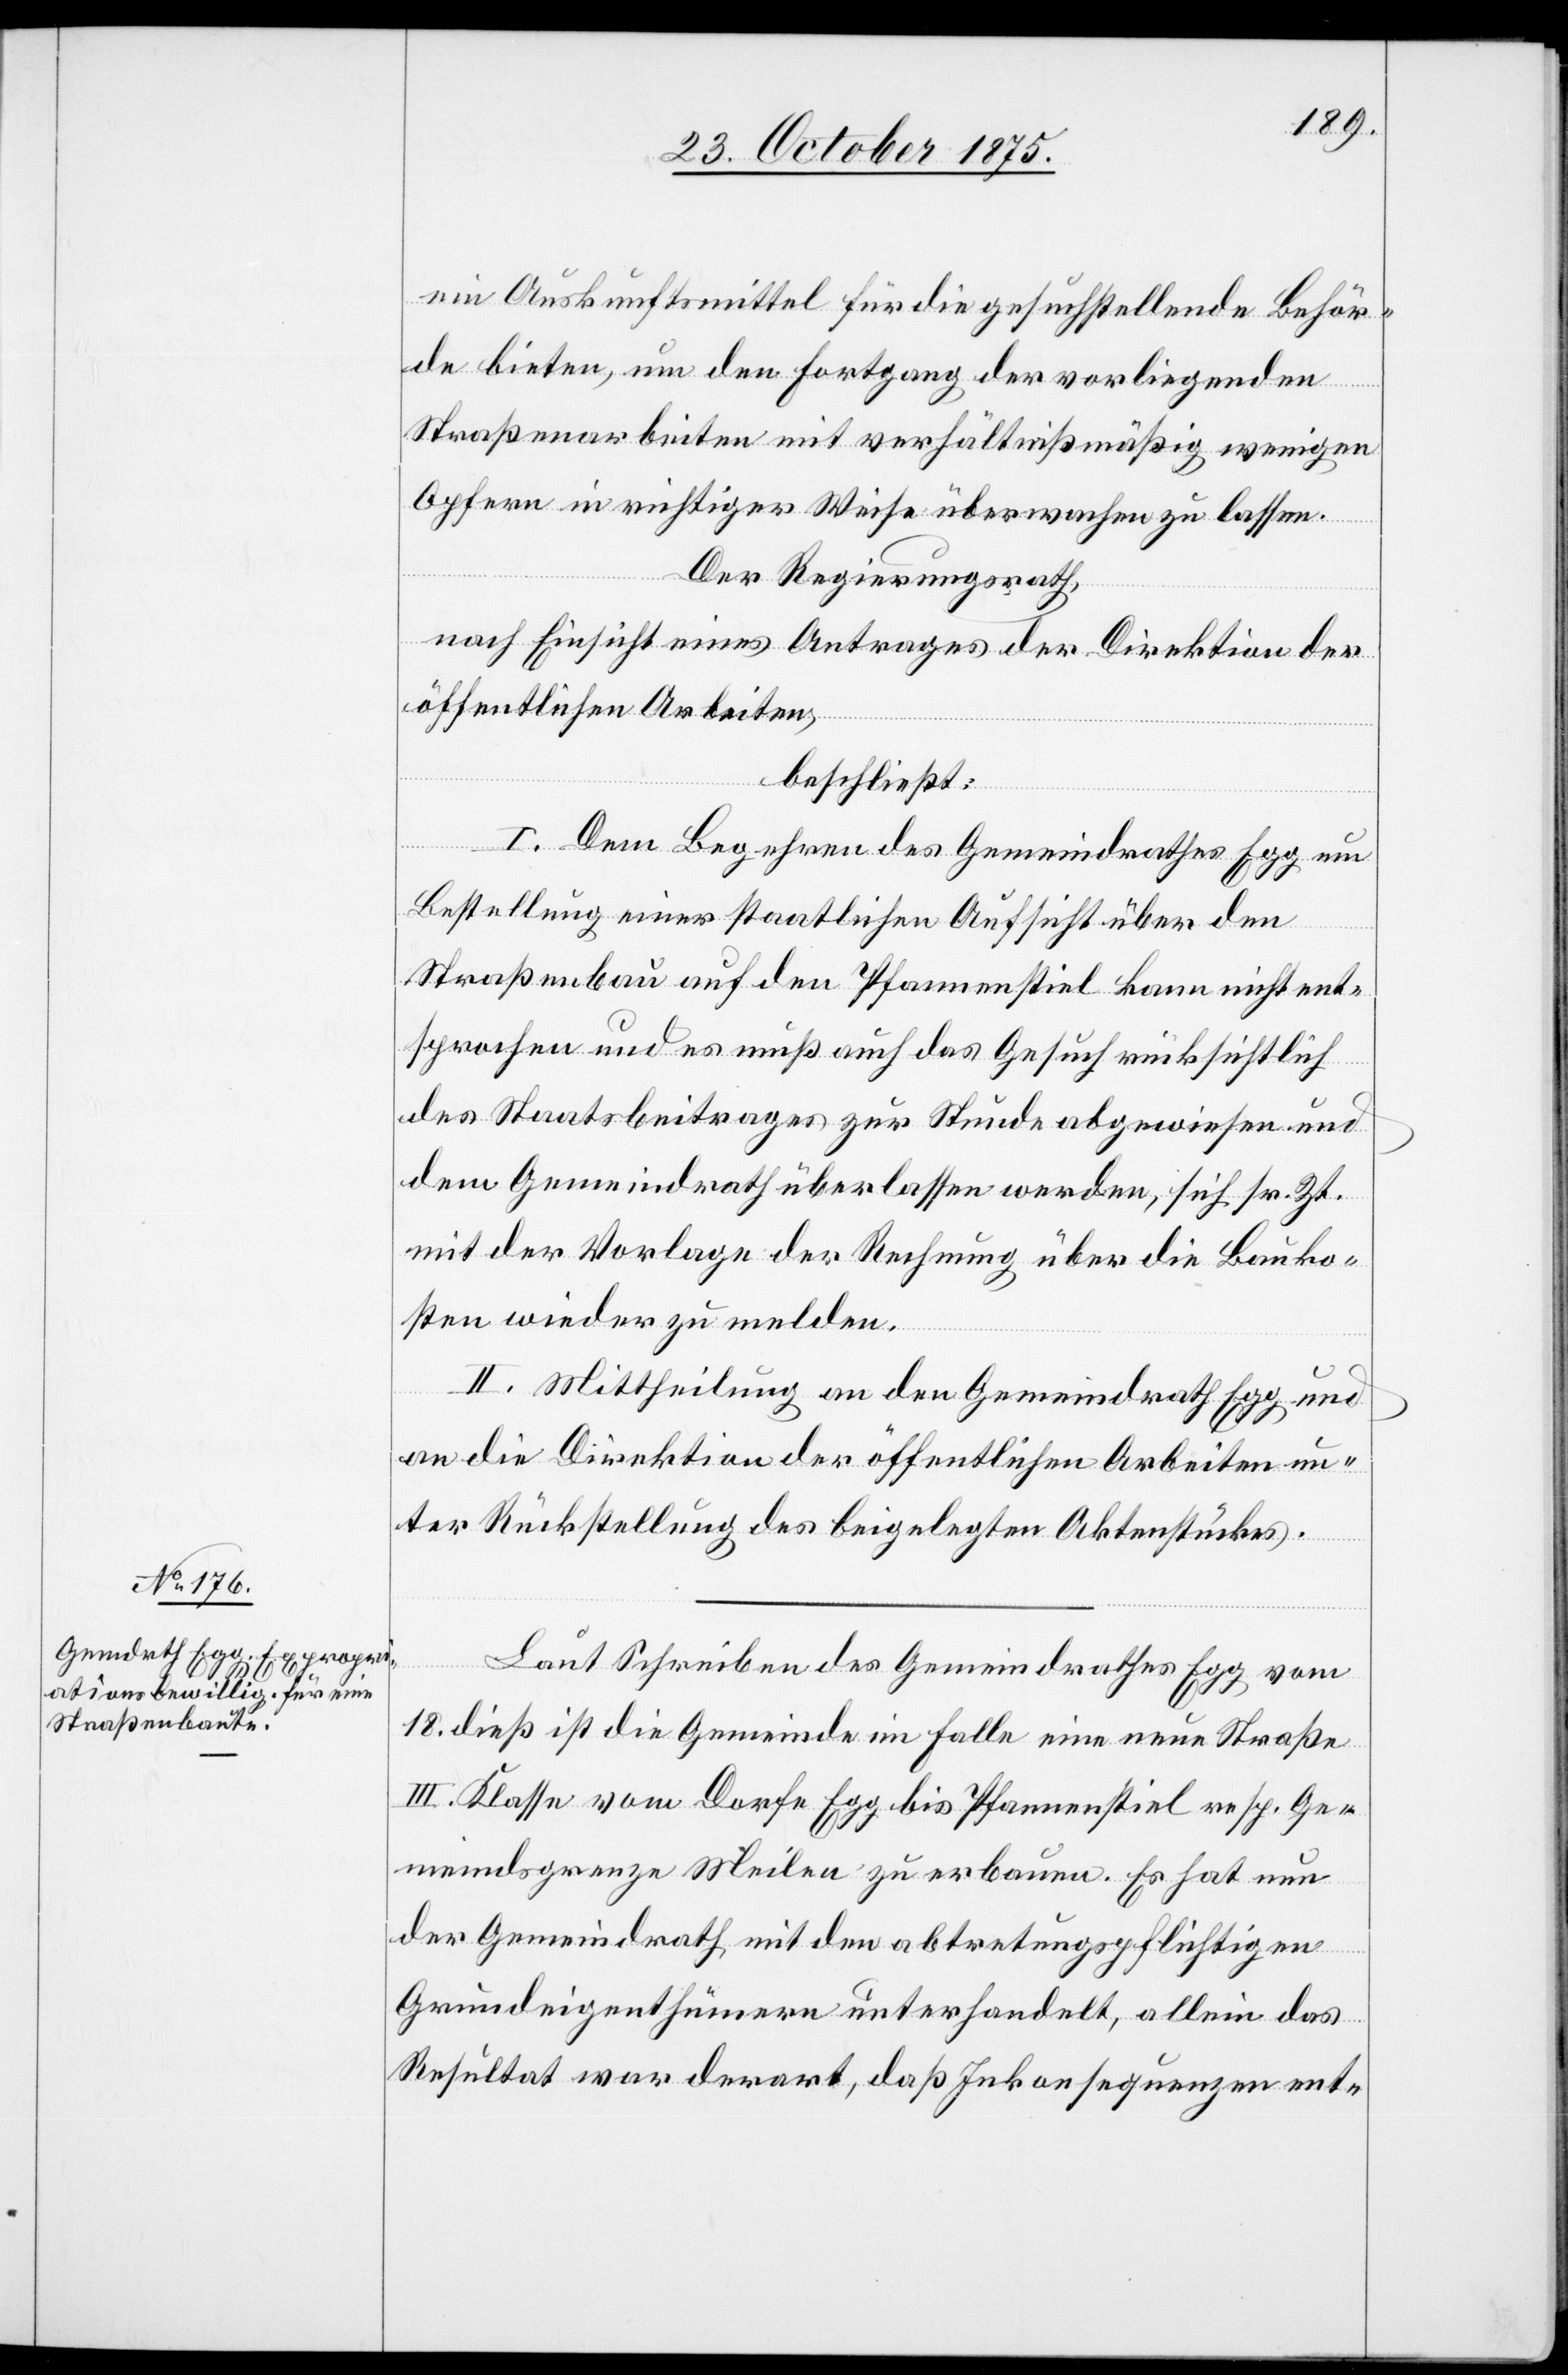
ein Auskunftsmittel für die gesuchstellende Behör¬
de bieten, um den Fortgang der vorliegenden
Straßenarbeiten mit verhältnißmäßig wenigen
Opfern in richtiger Weise überwachen zu lassen.
Der Regierungsrath,
nach Einsicht eines Antrages der Direktion der
öffentlichen Arbeiten,
beschließt:
I. Dem Begehren des Gemeindrathes Egg um
Bestellung einer staatlichen Aufsicht über den
Straßenbau auf den Pfannenstiel kann nicht ent¬
sprochen und es muß auch das Gesuch rücksichtlich
des Staatsbeitrages zur Stunde abgewiesen und
dem Gemeindrath überlassen werden, sich sr. Zt.
mit der Vorlage der Rechnung über die Bauko¬
sten wieder zu melden.
II. Mittheilung an den Gemeindrath Egg und
an die Direktion der öffentlichen Arbeiten un¬
ter Rückstellung des beigelegten Aktenstückes.
Laut Schreiben des Gemeindrathes Egg vom
18. dieß ist die Gemeinde im Falle eine neue Straße
III. Klasse vom Dorfe Egg bis Pfannenstiel resp. Ge¬
meindsgrenze Meilen zu erbauen. Es hat nun
der Gemeindrath mit den abtretungspflichtigen
Grundeigenthümern unterhandelt, allein das
Resultat war derart, daß Inkonsequenzen ent-